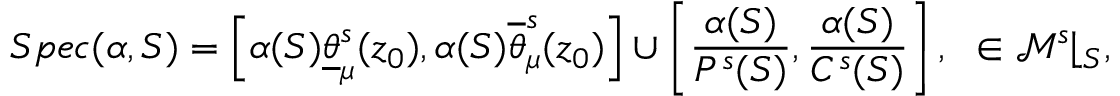
S p e c ( \alpha , S ) = \left[ \alpha ( S ) \underline { { \theta } } _ { \mu } ^ { s } ( z _ { 0 } ) , \alpha ( S ) \overline { { \theta } } _ { \mu } ^ { s } ( z _ { 0 } ) \right] \cup \left[ \frac { \alpha ( S ) } { P ^ { s } ( S ) } , \frac { \alpha ( S ) } { C ^ { s } ( S ) } \right] , \mathrm \alpha \in \mathcal { M } ^ { s } \lfloor _ { S } ,